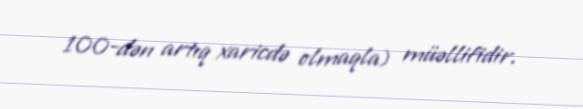
100-dən artıq xaricdə olmaqla) müəllifidir.